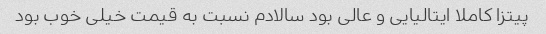
پیتزا کاملا ایتالیایی و عالی بود سالادم نسبت به قیمت خیلی خوب بود